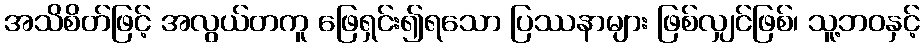
အသိစိတ်ဖြင့် အလွယ်တကူ ဖြေရှင်း၍ရသော ပြဿနာများ ဖြစ်လျှင်ဖြစ်၊ သူ့ဘဝနှင့်